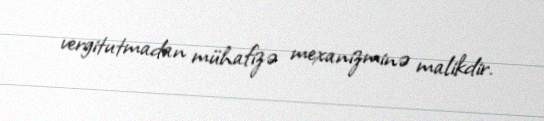
vergitutmadan mühafizə mexanizminə malikdir.